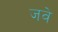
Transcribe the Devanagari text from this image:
जवे